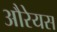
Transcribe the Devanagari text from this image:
औरेयस